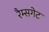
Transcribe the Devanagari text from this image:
रैम्सगेट